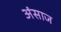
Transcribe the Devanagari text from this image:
अंसाज